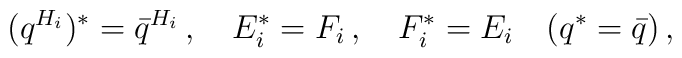
(q^{H_i})^*={\bar q}^{H_i}\,,\quad E_i^*=F_i\,,\quad F_i^*=E_i\quad (q^*=\bar q)\,,